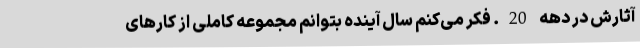
آثارش در دهه 20. فکر می‌کنم سال آینده بتوانم مجموعه کاملی از کارهای